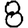
Digit: 8